65_HS1-834228961_62-HQ-83894_Section_8
Agency: FBI
Page 88
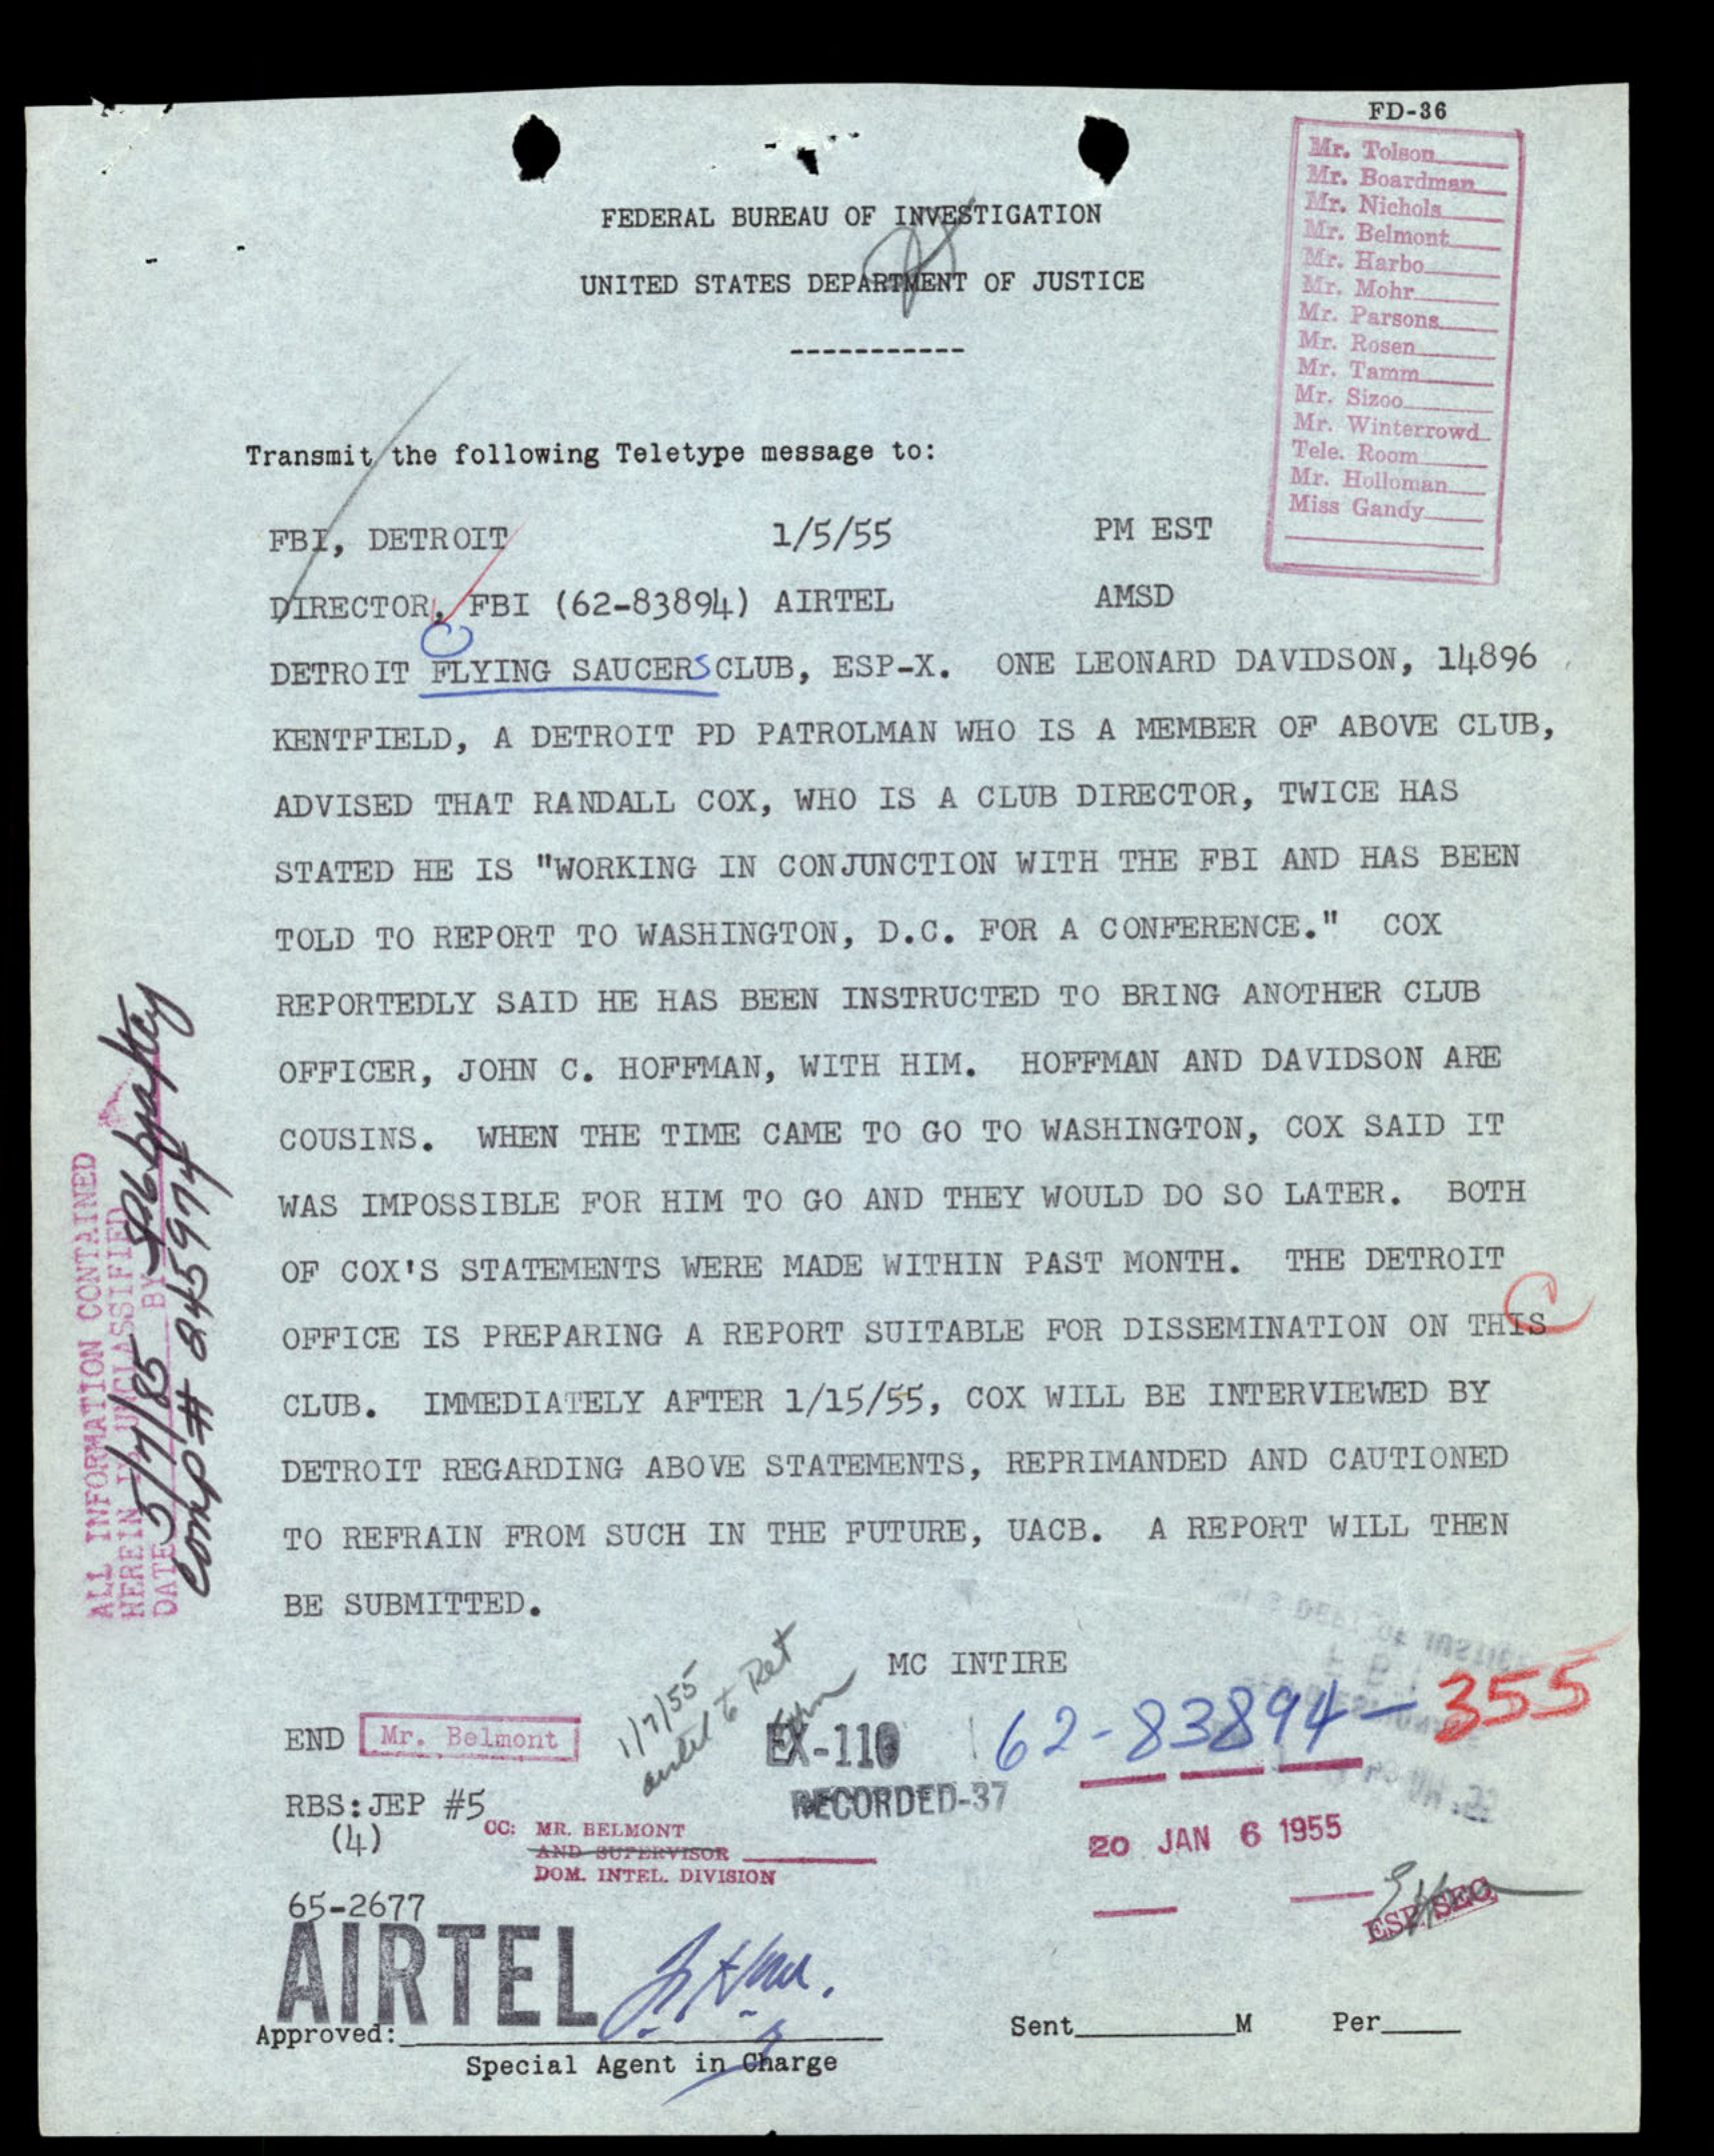